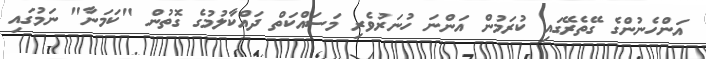
އަންހެނުންގެ ގޭތެރޭގައި ކުރަމުން އަންނަ ހުނަރުވެރި މަސައްކަތް ދައްކާލުމުގެ ގޮތުން "ކަމަނާ" ނަމުގައި